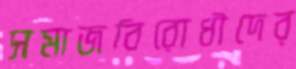
সমাজবিরোধীদের